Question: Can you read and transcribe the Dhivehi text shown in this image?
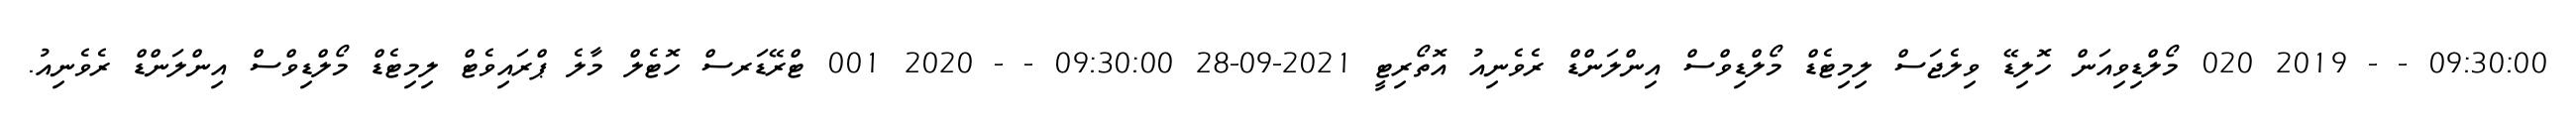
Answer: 09:30:00 - - 2019 020 މޯލްޑިވިއަން ހޮލިޑޭ ވިލެޖަސް ލިމިޓެޑް މޯލްޑިވްސް އިންލަންޑް ރެވެނިއު އޮތޯރިޓީ 2021-09-28 09:30:00 - - 2020 001 ޓްރޭޑަރސް ހޮޓެލް މާލެ ޕްރައިވެޓް ލިމިޓެޑް މޯލްޑިވްސް އިންލަންޑް ރެވެނިއު.